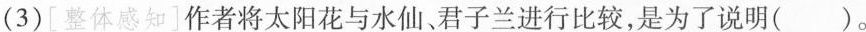
(3)[整体感知]作者将太阳花与水仙、君子兰进行比较，是为了说明( )。